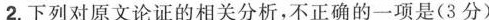
2.下列对原文论证的相关分析，不正确的是（3分）